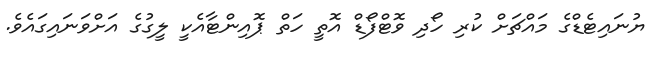
ޔުނައިޓެޑްގެ މައްޗަށް ކުރި ހޯދި ވޮޓްފޯޑް އޮތީ ހަތް ޕޮއިންޓާއެކީ ލީގުގެ އަށްވަނައިގައެވެ.